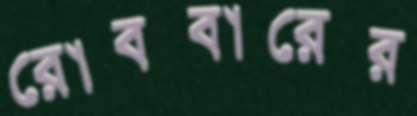
রোববারের